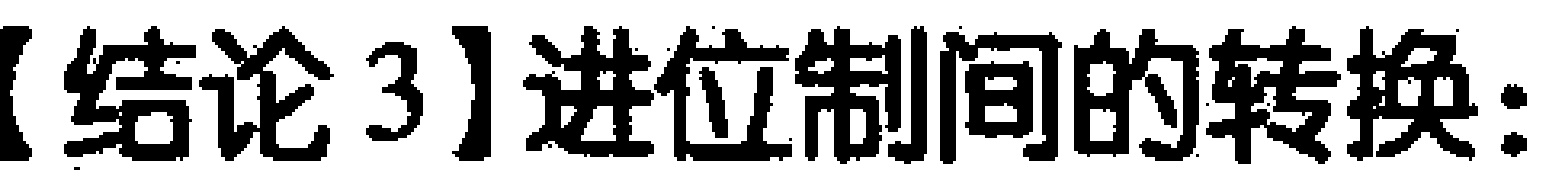
【结论3】进位制间的转换：